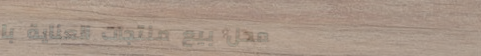
محل بيع منتجات العناية با